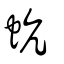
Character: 蚢